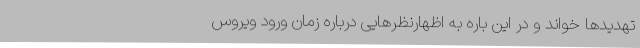
تهدیدها خواند و در این باره به اظهارنظرهایی درباره زمان ورود ویروس